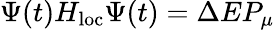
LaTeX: \Psi(t)H_{\textrm{loc}}\Psi(t)=\Delta EP_{\mu}